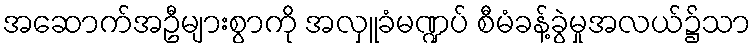
အဆောက်အဦများစွာကို အလှူခံမဏ္ဍပ် စီမံခန့်ခွဲမှုအလယ်၌သာ